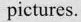
pictures.